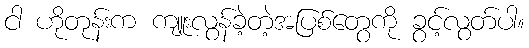
ငါ ဟိုတုန်းက ကျူးလွန်ခဲ့တဲ့အပြစ်တွေကို ခွင့်လွတ်ပါ။